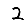
Digit: 2